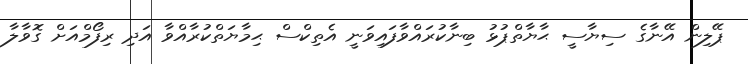
ޕޭލިން އޭނާގެ ސިޔާސީ ޙާޔާތްޕުޅު ބިނާކުރައްވާފައިވަނީ އެތިކްސް ޙިމާޔަތްކުރާއްވާ އަދި ރިފޯމްއަށް ގޮވާލާ